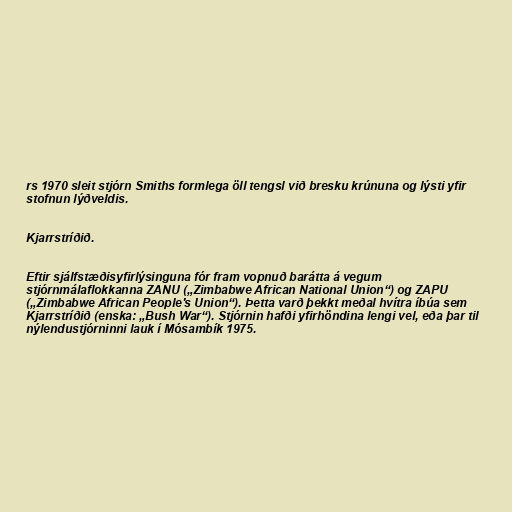
rs 1970 sleit stjórn Smiths formlega öll tengsl við bresku krúnuna og lýsti yfir
stofnun lýðveldis.

Kjarrstríðið.

Eftir sjálfstæðisyfirlýsinguna fór fram vopnuð barátta á vegum
stjórnmálaflokkanna ZANU („Zimbabwe African National Union“) og ZAPU
(„Zimbabwe African People's Union“). Þetta varð þekkt meðal hvítra íbúa sem
Kjarrstríðið (enska: „Bush War“). Stjórnin hafði yfirhöndina lengi vel, eða þar til
nýlendustjórninni lauk í Mósambík 1975.